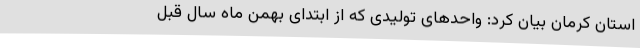
استان کرمان بیان کرد: واحدهای تولیدی که از ابتدای بهمن ماه سال قبل